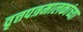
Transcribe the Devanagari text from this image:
वृत्तपत्रमालकांच्या